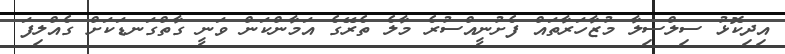
އިދިކޮޅު ސިލްސިލާ މުޒާހަރާތައް ފެށުނީއްސުރެ މާލެ ތެރޭގެ އަމާންކަން ވަނީ ގާތްގަނޑަކަށް ގެއްލިފަ